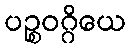
ပဉ္စဝဂ္ဂိယေ